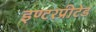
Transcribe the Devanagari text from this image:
इण्टरप्रीटेड